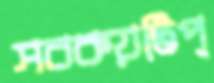
সবকয়টিপ্